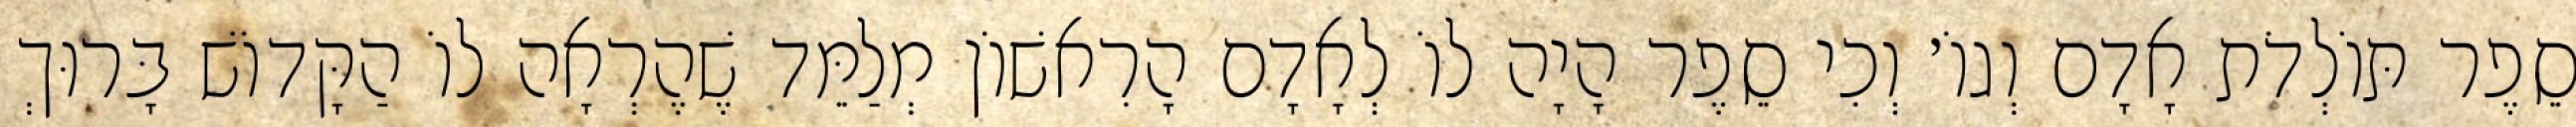
סֵפֶר תּוֹלְדֹת אָדָם וְגוֹ׳ וְכִי סֵפֶר הָיָה לוֹ לְאָדָם הָרִאשׁוֹן מְלַמֵּד שֶׁהֶרְאָה לוֹ הַקָּדוֹשׁ בָּרוּךְ